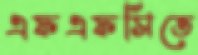
এফএফসিতে